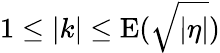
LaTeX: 1\leq|k|\leq\mathrm{E}(\sqrt{|\eta|})